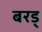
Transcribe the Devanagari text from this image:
बरड्